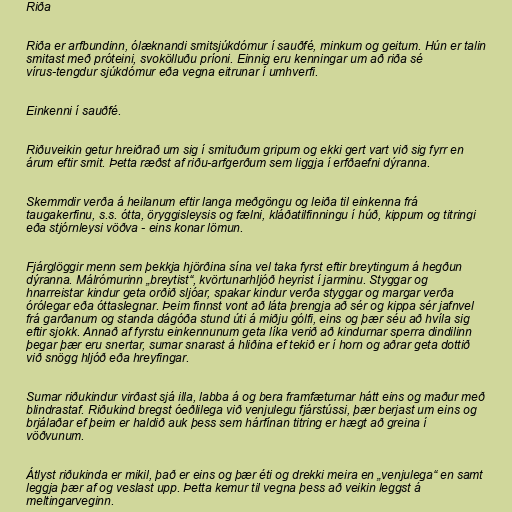
Riða

Riða er arfbundinn, ólæknandi smitsjúkdómur í sauðfé, minkum og geitum. Hún er talin
smitast með próteini, svokölluðu príoni. Einnig eru kenningar um að riða sé
vírus-tengdur sjúkdómur eða vegna eitrunar í umhverfi.

Einkenni í sauðfé.

Riðuveikin getur hreiðrað um sig í smituðum gripum og ekki gert vart við sig fyrr en
árum eftir smit. Þetta ræðst af riðu-arfgerðum sem liggja í erfðaefni dýranna.

Skemmdir verða á heilanum eftir langa meðgöngu og leiða til einkenna frá
taugakerfinu, s.s. ótta, öryggisleysis og fælni, kláðatilfinningu í húð, kippum og titringi
eða stjórnleysi vöðva - eins konar lömun.

Fjárglöggir menn sem þekkja hjörðina sína vel taka fyrst eftir breytingum á hegðun
dýranna. Málrómurinn „breytist“, kvörtunarhljóð heyrist í jarminu. Styggar og
hnarreistar kindur geta orðið sljóar, spakar kindur verða styggar og margar verða
órólegar eða óttaslegnar. Þeim finnst vont að láta þrengja að sér og kippa sér jafnvel
frá garðanum og standa dágóða stund úti á miðju gólfi, eins og þær séu að hvíla sig
eftir sjokk. Annað af fyrstu einkennunum geta líka verið að kindurnar sperra dindilinn
þegar þær eru snertar, sumar snarast á hliðina ef tekið er í horn og aðrar geta dottið
við snögg hljóð eða hreyfingar.

Sumar riðukindur virðast sjá illa, labba á og bera framfæturnar hátt eins og maður með
blindrastaf. Riðukind bregst óeðlilega við venjulegu fjárstússi, þær berjast um eins og
brjálaðar ef þeim er haldið auk þess sem hárfínan titring er hægt að greina í
vöðvunum.

Átlyst riðukinda er mikil, það er eins og þær éti og drekki meira en „venjulega“ en samt
leggja þær af og veslast upp. Þetta kemur til vegna þess að veikin leggst á
meltingarveginn.